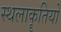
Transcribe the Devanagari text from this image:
स्थलाकॄतियों